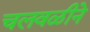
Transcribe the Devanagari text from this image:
चलवळीने